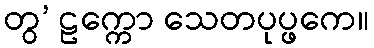
တွ’ ဠက္ကော သေတပုပ္ဖကေ။